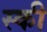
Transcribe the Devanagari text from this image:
स्‍की